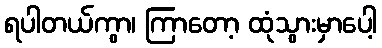
ရပါတယ်ကွာ၊ ကြာတော့ ထုံသွားမှာပေါ့